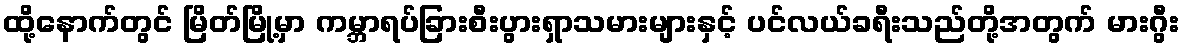
ထို့နောက်တွင် မြိတ်မြို့မှာ ကမ္ဘာရပ်ခြားစီးပွားရှာသမားများနှင့် ပင်လယ်ခရီးသည်တို့အတွက် မားဂွီး